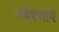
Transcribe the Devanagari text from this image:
गवेषणायें